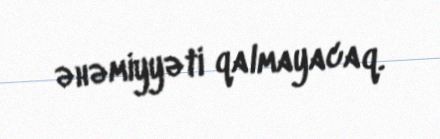
əhəmiyyəti qalmayacaq.